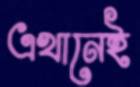
এখানেই